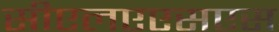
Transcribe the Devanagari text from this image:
सीएलएएसएस